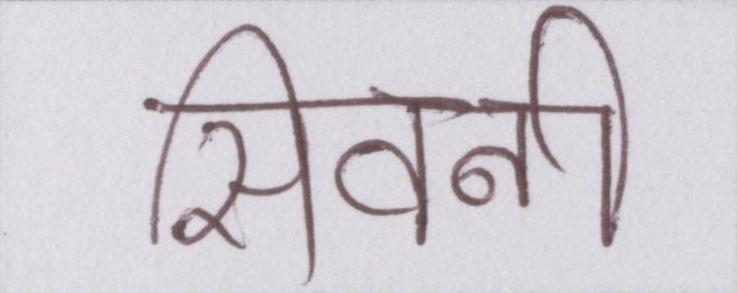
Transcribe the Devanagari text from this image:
सिवनी